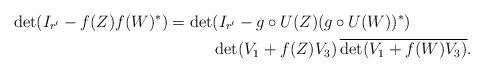
LaTeX: \begin{align*} \det(I_{r'}-f(Z)f(W)^*) = \det&(I_{r'} - g\circ U(Z) (g\circ U(W))^*)\\ &\det(V_1 + f(Z)V_3) \,\overline{\det(V_1 + f(W)V_3)}.\end{align*}